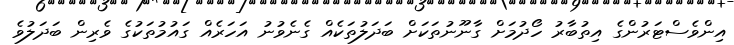
އިންވެސްޓަރުންގެ އިތުބާރު ހޯދުމަށް ގާނޫނުތަކަށް ބަދަލުތަކެއް ގެނެވުނު އަހަރެއް ގައުމުތަކުގެ ވެރިން ބަދަލުވެ